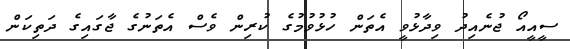
ސީއީއޯ ޖުނެއިދު ވިދާޅުވީ އެތަން ހުޅުވުމުގެ ކުރިން ވެސް އެތަނުގެ ޖާގައިގެ ދަތިކަން